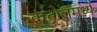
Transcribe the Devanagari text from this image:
कंट्रोलमध्ये